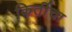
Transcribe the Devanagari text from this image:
किर्तीचा